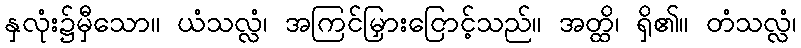
နှလုံး၌မှီသော။ ယံသလ္လံ၊ အကြင်မြှားငြောင့်သည်။ အတ္ထိ၊ ရှိ၏။ တံသလ္လံ၊